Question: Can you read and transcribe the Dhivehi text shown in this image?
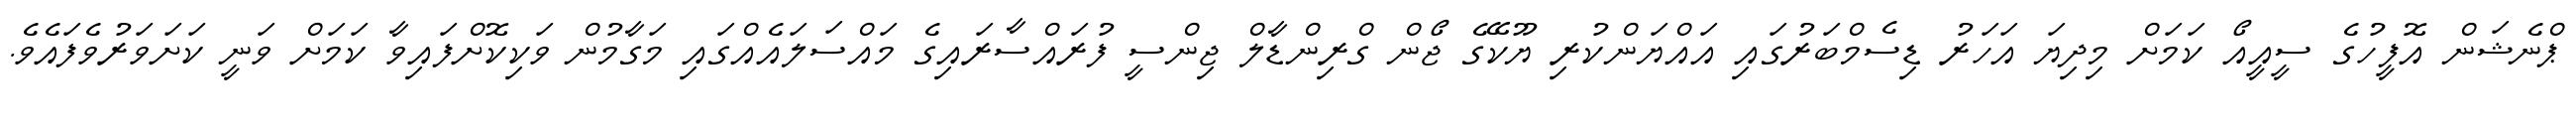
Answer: ޕްނެޝަން އޮފީހުގެ ސީއީއޯ ކަމަށް މިދިޔަ އަހަރު ޑިސެމްބަރުގައި އައްޔަންކުރި ޔޫކޭގެ ޖޯން ގްރިންޑާލް ޖިންސީ ފުރައްސާރައިގެ މައްސަލައެއްގައި މަގާމުން ވަކިކޮށްފައިވާ ކަމަށް ވަނީ ކަށަވަރުވެފައެވެ.